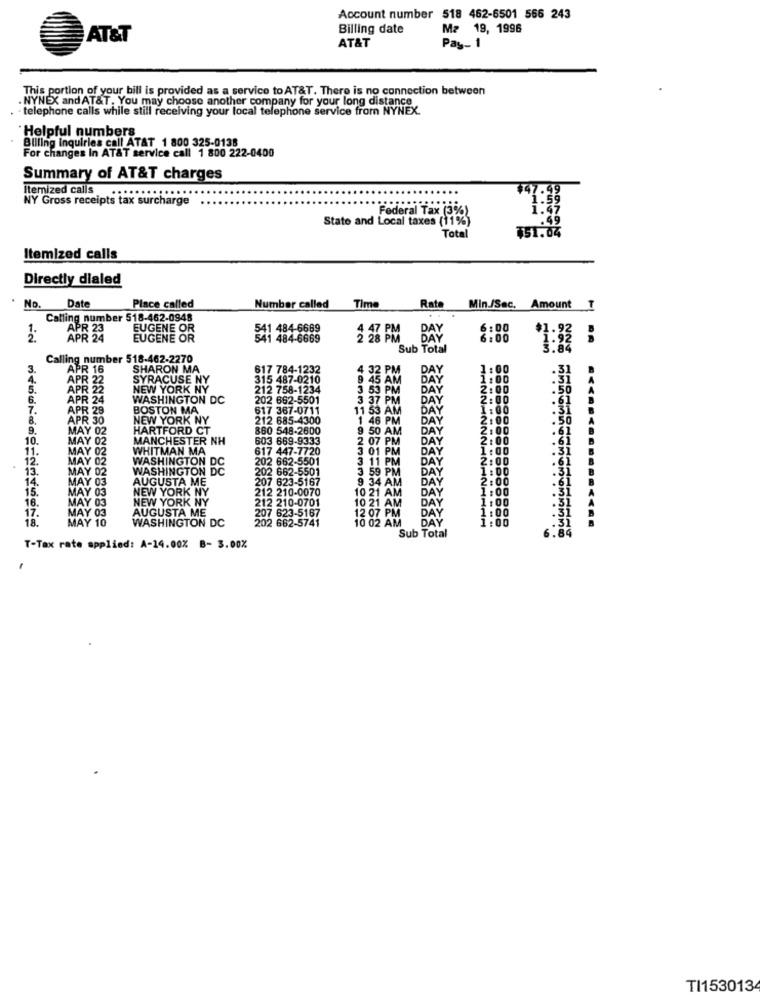
Account number 518 462-6501 556 243
Billing date
M2 19, 1996
AT&T
AT&T
Pay- 1
This portion of your bill is provided as a service to AT&T. There is no connection between
NYNEX and AT&T. You may choose another company for your long distance
. - telephone calls while still receiving your local telephone service from NYNEX.
Helpful numbers
Billing inquiries call ATAT 1 800 325-0138
For changes In AT&T service call 1 800 222-0400
Summary of AT&T charges
Itemized calls
NY Gross receipts tax surcharge
Federal Tax (3%)
State and Local taxes (11%)
.49
Total
$51.04
Itemized calls
Directly dialed
No.
Date
Place called
Number called
Time
Rate
Min./Sec. Amount
I
Calling number 518-462-0948
APR 23
EUGENE OR
541 484-6669
DAY
6:00
APR 24
EUGENE OR
541 484-6669
2 28 PM
6:00
Sub Total
Calling number 518-462-2270
APR 16
SHARON MA
617 784-1232
4 32 PM
DAY
1:00
APR 22
SYRACUSE NY
315 487-0210
45 AM
DAY
1:00
.31
APR 2
NEW YORK NY
212 758-1234
3 53 PM
DAY
2:00
6.
APR 24
WASHINGTON DC
202 662-5501
3 37 PM
DAY
2:00
.61
7.
APR 28
BOSTON MA
617 367-0711
11 53 AM
DAY
.31
8.
APR
R 30
NEW YORK NY
212 685-4300
1 46 PM
DAY
2:00
.50
9.
MAY 02
HARTFORD CT
860 548-2600
9 50 AM
AM
DAY
100
.61
10.
MA
MAYO
MANCHESTER NH
603 669-9333
:07 PM
DAY
MAY O
WHITMAN MA
617 447-7720
3 01 PM
DAY
1
:00
11.
MAY O
202 662-5501
3 11 PM
DAY
2
:00
12.
13.
MAY 02
WASHINGTON DC
WASHINGTON DC
202 662-5501
DAY
1 :00
14.
MAY 03
AUGUSTA ME
207 623-5167
9 34 AM
59 PM
DAY
DOODOODOO
MAY 03
NEW YORK NY
212 210-0070
DAY
15.
MAY 03
NEW YORK NY
10 21 AM
10 21
DAY
16.
Y 03
212 210-0701
MAY
AUGUSTA ME
WASHINGTON DC
207 623-5167
202 662-5741
12 07
10 02 A
DAY
DAY
1:00
Sub Total
.8
T-Tax rate applied: A-14.00% B- 3.00%
TI153013